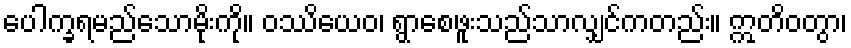
ပေါက္ခရမည်သောမိုးကို။ ဝဿိယေဝ၊ ရွာစေဖူးသည်သာလျှင်ကတည်း။ ဣတိဝတွာ၊